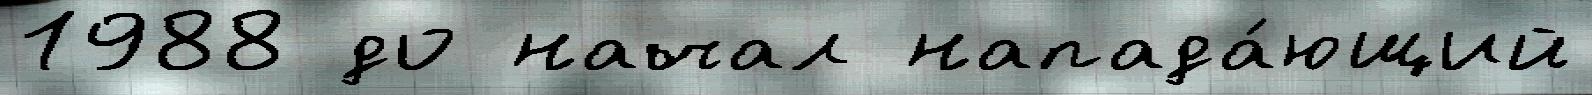
1988 до начал напада́ющий